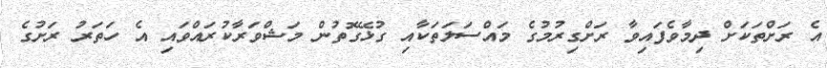
އެ ރަށްތަކަށް ދިމާވެފައިވާ ރަށްގިރުމުގެ މައްސަލަތަކާއި ގުޅޭގޮތުން މަޝްވަރާކުރައްވައި އެ ހަތަރު ރަށުގެ